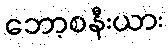
ဘော့စနီးယား